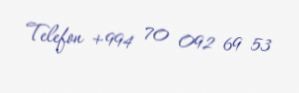
Telefon +994 70 092 69 53